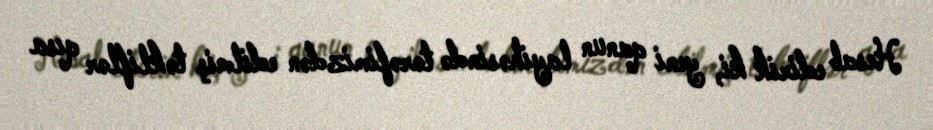
Hesab edirik ki, yeni qanun layihəsində tərəfimizdən edilmiş təkliflər qısa